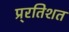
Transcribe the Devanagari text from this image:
प्र्रतिशत